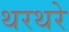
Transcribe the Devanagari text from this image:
थरथरे